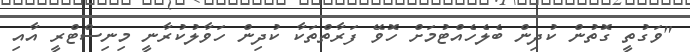
"ވަގުތީ ގޮތުން ކުދިން ބެލެހެއްޓުމަށް ހޮވޭ ފަރާތްތަކާ ކުދިން ހަވާލުކުރާނީ މިނިސްޓްރީ އާއި